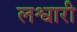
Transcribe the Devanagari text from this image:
लश्वारी